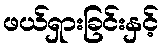
ဖယ်ရှားခြင်းနှင့်